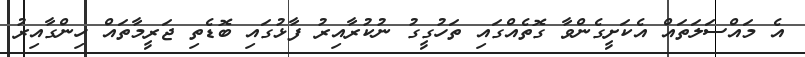
އެ މައްސަލަތައް އެކަށީގެންވާ ގޮތެއްގައި ތަހުގީގު ނުކުރާއިރު ފާޅުގައި ބޮޑެތި ޖަރީމާތައް ހިންގާއިރު